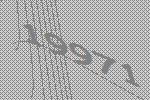
19971